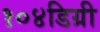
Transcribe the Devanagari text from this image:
१०४डिग्री